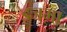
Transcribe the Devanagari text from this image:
इजमा